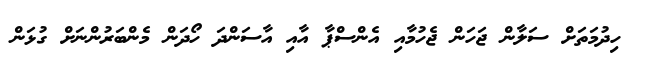
ހިދުމަތަށް ސަލާން ޖަހަން ޖެހުމާއި އެންސްޕާ އާއި އާސަންދަ ހޯދަން މެންބަރުންނަށް ގުޅަން